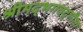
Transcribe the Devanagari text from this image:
श्रीमद्‌भगवद्‍गीता